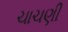
ચાચણી